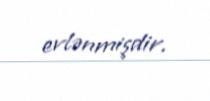
evlənmişdir.